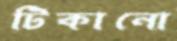
টিকানো